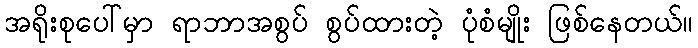
အရိုးစုပေါ်မှာ ရာဘာအစွပ် စွပ်ထားတဲ့ ပုံစံမျိုး ဖြစ်နေတယ်။